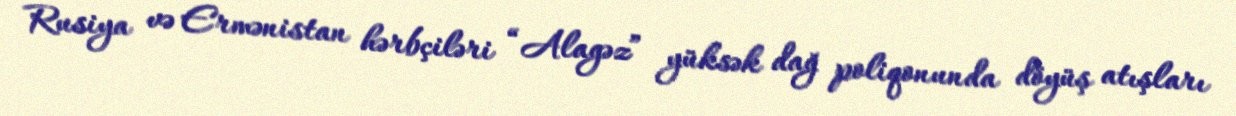
Rusiya və Ermənistan hərbçiləri “Alagəz” yüksək dağ poliqonunda döyüş atışları